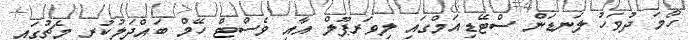
ހޯމަ ދުވަހު ލަނޑަން ސްޓޭޑިއަމްގައި ލިވަރޕޫލް އާއި ވެސްޓް ހޭމް ބައްދަލުކުރި މެޗުގައި